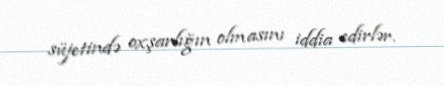
süjetində oxşarlığın olmasını iddia edirlər.